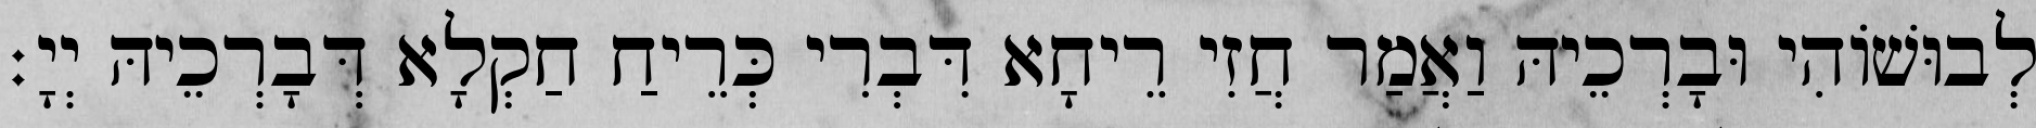
לְבוּשׁוֹהִי וּבָרְכֵיהּ וַאֲמַר חֲזִי רֵיחָא דִּבְרִי כְּרֵיחַ חַקְלָא דְּבָרְכֵיהּ יְיָ׃